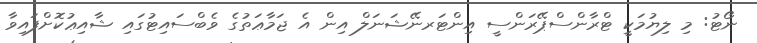
ނޯޓު: މި ލިޔުމަކީ ޓްރާންސްޕޭރަންސީ އިންޓަރނޭޝަނަލް އިން އެ ޖަމާޢަތުގެ ވެބްސައިޓުގައި ޝާއިޢުކޮށްފައިވާ